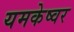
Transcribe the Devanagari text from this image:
यमकेष्वर